Vaccination in Bombay 1889-1901 - 1889-1901
Year: 1889
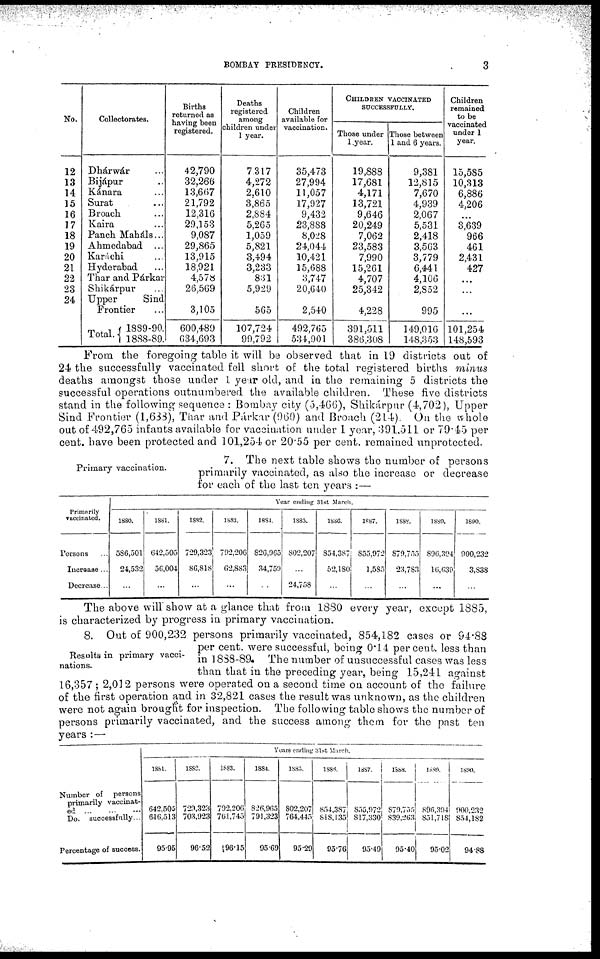
BOMBAY PRESIDENCY.
3
No.
12
13
14
15
16
17
18
19
20
21
22
23
24
Collectorates.
Dhárwár ...
Bijápur ...
Kánara ...
Surat ...
Broach ...
Kaira ...
Panch Maháls...
Ahmedabad ...
Karáchi ...
Hyderabad ...
Thar and Párkar
Shikárpur ...
Upper
Sind
Frontier ...
Total.
1889-90.
1888-89.
Births
returned as
having been
registered.
42,790
32,266
13,667
21,792
12,316
29,153
9,087
29,865
13,915
18,921
4,578
26,569
3,105
600,489
634,693
Deaths
registered
among
children under
1 year.
7,317
4,272
2,610
3,865
2,884
5,265
1,059
5,821
3,494
3,233
831
5,929
565
107,724
99,792
Children
available for
vaccination.
35,473
27,994
11,057
17,927
9,432
23,888
8,028
24,044
10,421
15,688
3,747
20,640
2,540
492,765
534,901
CHILDREN VACCINATED
SUCCESSFULLY.
Those under
1 year.
19,888
17,681
4,171
13,721
9,646
20,249
7,062
23,583
7,990
15,261
4,707
25,342
4,228
391,511
386,308
Those between
1 and 6 years.
9,381
12,815
7,670
4,939
2,067
5,531
2,418
3,563
3,779
6,441
4,106
2,852
995
149,016
148,353
Children
remained
to be
vaccinated
under 1
year.
15,585
10,313
6,886
4,206
...
3,639
966
461
2,431
427
...
...
...
101,254
148,593
From the foregoing table it will be observed that in 19 districts out of
24 the successfully vaccinated fell short of the total registered births minus
deaths amongst those under 1 year old, and in the remaining 5 districts the
successful operations outnumbered the available children. These five districts
stand in the following sequence : Bombay city (5,466), Shikárpur (4,702), Upper
Sind Frontier (1,688), Thar and Párkar(960) and Broach (214). On the whole
out of 492,765 infants available for vaccination under 1 year, 391.511 or 79.45 per
cent. have been protected and 101,254 or 20.55 per cent. remained unprotected.
Primary vaccination.
7. The next table shows the number of persons
primarily vaccinated, as also the increase or decrease
for each of the last ten years :—
Primarily
vaccinated.
Persons ...
Increase ...
Decrease...
Year ending 31st March.
1880.
586,501
24,532
...
1881.
642,505
56,004
...
1882.
729,323
86,818
...
1883.
792,206
62,883
...
1884.
826,965
34,759
...
1885.
802,207
...
24,758
1886.
854,387
52,180
...
1887.
855,972
1,585
...
1888.
879,755
23,783
...
1889.
896,394
16,639
...
1890.
900,232
3,838
...
The above will show at a glance that from 1880 every year, except 1885,
is characterized by progress in primary vaccination.
Results in primary vacci-
nations.
8. Out of 900,232 persons primarily vaccinated, 854,182 cases or 94.88
per cent. were successful, being 0.14 per cent. less than
in 1888-89. The number of unsuccessful cases was less
than that in the preceding year, being 15,241 against
16,357; 2,012 persons were operated on a second time on account of the failure
of the first operation and in 32,821 cases the result was unknown, as the children
were not again brought for inspection. The following table shows the number of
persons primarily vaccinated, and the success among them for the past ten
years :—
Number of persons
primarily vaccinat-
ed
...
...
...
Do. successfully...
Percentage of success.
Years ending 31st March.
1881.
642,505
616,513
95.95
1882.
729,323
703,923
96.52
1883.
792,206
761,745
96.15
1884.
826,965
791,323
95.69
1885.
802,207
764,445
95.29
1886.
854,387
818,135
95.76
1887.
855,972
817,330
95.49
1888.
879,755
839,263
95.40
1889.
896,394
851,718
95.02
1890.
900,232
854,182
94.88